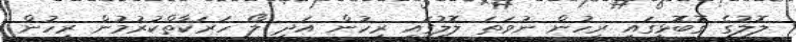
ލޮލުގެ ގޮބޮޅީގައި ރިހުން ނުވަތަ ލޮލުގައި ރިހުން އަދި ލޯ ހަރަކާތްކުރުމުން ރިހުން